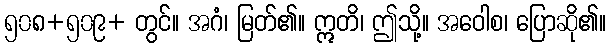
၅၀၈+၅၀၉+ တွင်။ အဂံ၊ မြတ်၏။ ဣတိ၊ ဤသို့။ အဝေါစ၊ ပြောဆို၏။